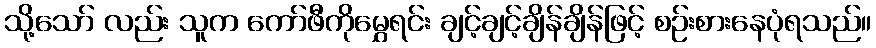
သို့သော် လည်း သူက ကော်ဖီကိုမွှေရင်း ချင့်ချင့်ချိန်ချိန်ဖြင့် စဉ်းစားနေပုံရသည်။